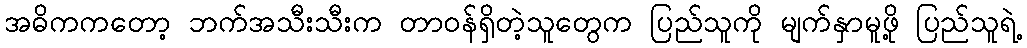
အဓိကကတော့ ဘက်အသီးသီးက တာဝန်ရှိတဲ့သူတွေက ပြည်သူကို မျက်နှာမူဖို့ ပြည်သူရဲ့